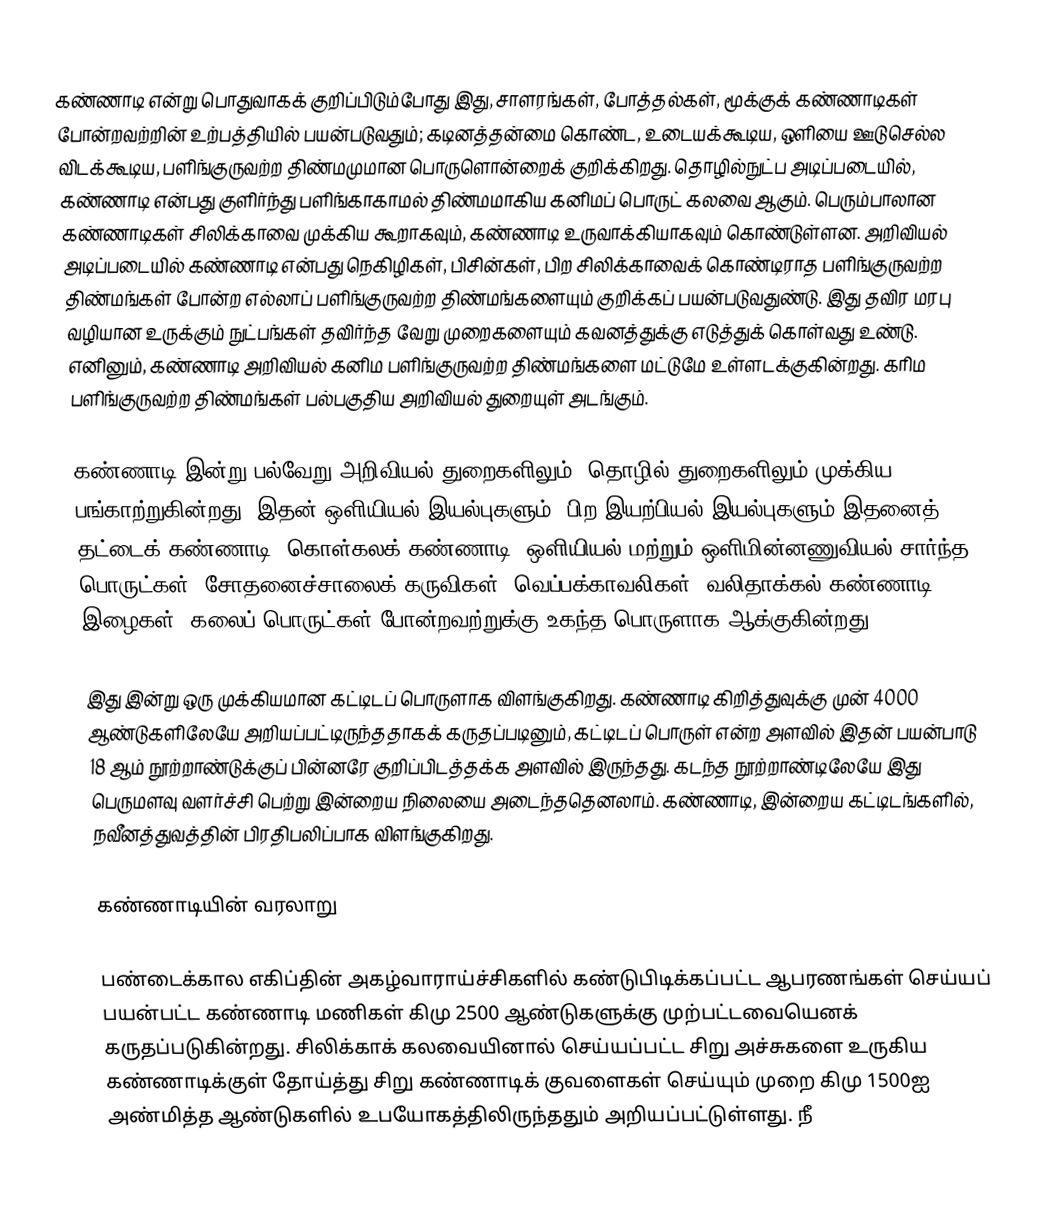
கண்ணாடி என்று பொதுவாகக் குறிப்பிடும்போது இது, சாளரங்கள், போத்தல்கள், மூக்குக் கண்ணாடிகள் போன்றவற்றின் உற்பத்தியில் பயன்படுவதும்; கடினத்தன்மை கொண்ட, உடையக்கூடிய, ஒளியை ஊடுசெல்ல விடக்கூடிய, பளிங்குருவற்ற திண்மமுமான பொருளொன்றைக் குறிக்கிறது. தொழில்நுட்ப அடிப்படையில், கண்ணாடி என்பது குளிர்ந்து பளிங்காகாமல் திண்மமாகிய கனிமப் பொருட் கலவை ஆகும். பெரும்பாலான கண்ணாடிகள் சிலிக்காவை முக்கிய கூறாகவும், கண்ணாடி உருவாக்கியாகவும் கொண்டுள்ளன. அறிவியல் அடிப்படையில் கண்ணாடி என்பது நெகிழிகள், பிசின்கள், பிற சிலிக்காவைக் கொண்டிராத பளிங்குருவற்ற திண்மங்கள் போன்ற எல்லாப் பளிங்குருவற்ற திண்மங்களையும் குறிக்கப் பயன்படுவதுண்டு. இது தவிர மரபு வழியான உருக்கும் நுட்பங்கள் தவிர்ந்த வேறு முறைகளையும் கவனத்துக்கு எடுத்துக் கொள்வது உண்டு. எனினும், கண்ணாடி அறிவியல் கனிம பளிங்குருவற்ற திண்மங்களை மட்டுமே உள்ளடக்குகின்றது. கரிம பளிங்குருவற்ற திண்மங்கள் பல்பகுதிய அறிவியல் துறையுள் அடங்கும்.

கண்ணாடி இன்று பல்வேறு அறிவியல் துறைகளிலும், தொழில் துறைகளிலும் முக்கிய பங்காற்றுகின்றது. இதன் ஒளியியல் இயல்புகளும், பிற இயற்பியல் இயல்புகளும் இதனைத் தட்டைக் கண்ணாடி, கொள்கலக் கண்ணாடி, ஒளியியல் மற்றும் ஒளிமின்னணுவியல் சார்ந்த பொருட்கள், சோதனைச்சாலைக் கருவிகள், வெப்பக்காவலிகள், வலிதாக்கல் கண்ணாடி இழைகள், கலைப் பொருட்கள் போன்றவற்றுக்கு உகந்த பொருளாக ஆக்குகின்றது.

இது இன்று ஒரு முக்கியமான கட்டிடப் பொருளாக விளங்குகிறது. கண்ணாடி கிறித்துவுக்கு முன் 4000 ஆண்டுகளிலேயே அறியப்பட்டிருந்ததாகக் கருதப்படினும், கட்டிடப் பொருள் என்ற அளவில் இதன் பயன்பாடு 18 ஆம் நூற்றாண்டுக்குப் பின்னரே குறிப்பிடத்தக்க அளவில் இருந்தது. கடந்த நூற்றாண்டிலேயே இது பெருமளவு வளர்ச்சி பெற்று இன்றைய நிலையை அடைந்ததெனலாம். கண்ணாடி, இன்றைய கட்டிடங்களில், நவீனத்துவத்தின் பிரதிபலிப்பாக விளங்குகிறது.

கண்ணாடியின் வரலாறு

பண்டைக்கால எகிப்தின் அகழ்வாராய்ச்சிகளில் கண்டுபிடிக்கப்பட்ட ஆபரணங்கள் செய்யப் பயன்பட்ட கண்ணாடி மணிகள் கிமு 2500 ஆண்டுகளுக்கு முற்பட்டவையெனக் கருதப்படுகின்றது. சிலிக்காக் கலவையினால் செய்யப்பட்ட சிறு அச்சுகளை உருகிய கண்ணாடிக்குள் தோய்த்து சிறு கண்ணாடிக் குவளைகள் செய்யும் முறை கிமு 1500ஐ அண்மித்த ஆண்டுகளில் உபயோகத்திலிருந்ததும் அறியப்பட்டுள்ளது. நீ